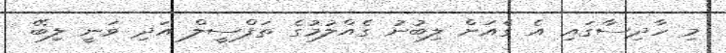
މި ހާދިސާގައި އެ ގެއަށް ލިބުނު ގެއްލުމުގެ ތަފްސީލް އަދި ވަނީ ލިބޭ